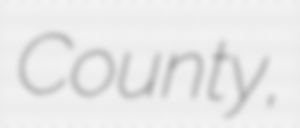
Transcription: County,